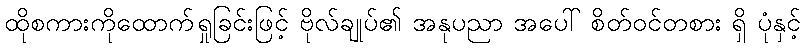
ထိုစကားကိုထောက်ရှုခြင်းဖြင့် ဗိုလ်ချုပ်၏ အနုပညာ အပေါ် စိတ်ဝင်တစား ရှိ ပုံနှင့်